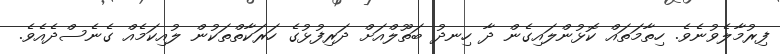
ފިރުމާލެވުނެވެ. ހިތާމަތައް ކޮޅުންލައިގެން ދާ ހިނދު ބަތޫލްއަށް ދަރިފުޅުގެ ހަރަކާތްތަކުން ލުއިކަމެއް ގެނެސްދެއެވެ.